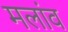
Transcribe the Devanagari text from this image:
मलांव